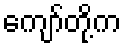
ကျော်တို့က